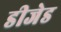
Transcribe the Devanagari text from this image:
डीजेड